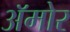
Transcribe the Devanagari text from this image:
अॅमोर